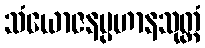
သံယောဇနပ္ပဟာနသုတ္တံ